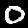
Label: 0